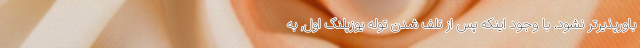
باورپذیرتر نشود. با وجود اینکه پس از تلف شدن توله یوزپلنگ اول, به